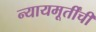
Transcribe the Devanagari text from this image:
न्यायमूर्तींची